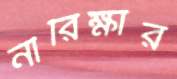
নীরিক্ষার